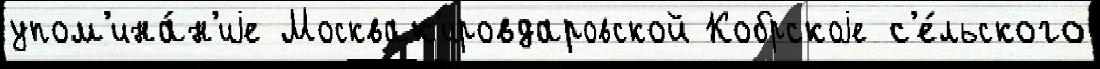
упом'ина́н'иjе Москвак'ировдаровской Кобрскоjе с'е́льского